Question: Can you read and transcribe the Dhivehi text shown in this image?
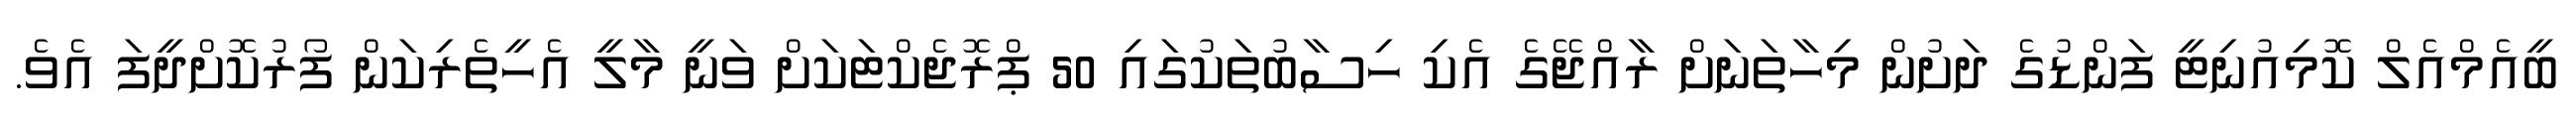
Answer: ބީއެމްއެލް ކޮމިއުނިޓީ ފަންޑުގެ ދަށުން މިހާތަނަށް ރާއްޖޭގެ އެކި ހިސާބުތަކުގައި 50 ޕްރޮޖެކްޓަކަށް ވަނީ މާލީ އެހީތެރިކަން ފޯރުކޮށްދީފަ އެވެ.